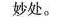
妙处。